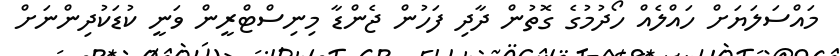
މައްސަލަޔަށް ހައްލެއް ހޯދުމުގެ ގޮތުން ދާދި ފަހުން ޖެންޑާ މިނިސްޓްރީން ވަނީ ކުޑަކުދިންނަށް